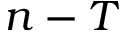
n - T